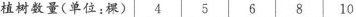
植树数量(单位：棵) 4 5 6 8 10